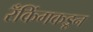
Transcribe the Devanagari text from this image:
रँकिंगकडून